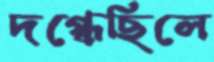
দগ্ধেছিলে